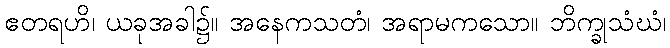
ဧတရဟိ၊ ယခုအခါ၌။ အနေကသတံ၊ အရာမကသော။ ဘိက္ခုသံဃံ၊